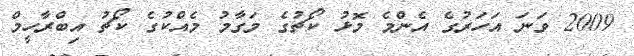
2009 ވަނަ އަހަރުގެ އެންމެ މޮޅު ކޯޗުގެ މަގާމު މެއްކުގެ ކޯޗު އިބްރާހީމް